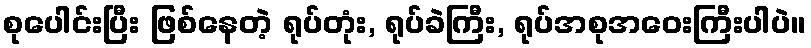
စုပေါင်းပြီး ဖြစ်နေတဲ့ ရုပ်တုံး, ရုပ်ခဲကြီး, ရုပ်အစုအဝေးကြီးပါပဲ။